Indian journal of veterinary science and animal husbandry - Volume 7,
Year: 1937
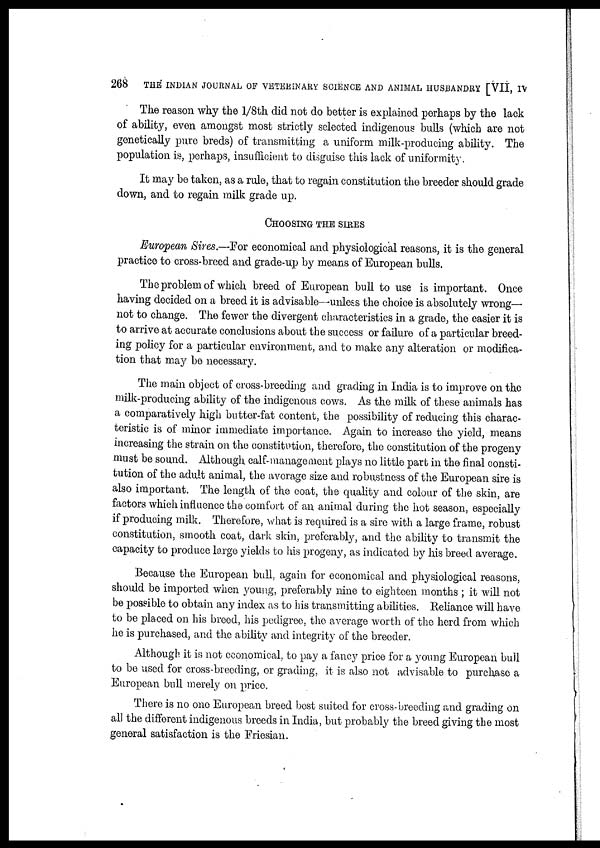
268
THE INDIAN JOURNAL OF VETERINARY SCIENCE AND ANIMAL HUSBANDRY [VII, IV
The reason why the 1/8th did not do better is explained perhaps by the lack
of ability, even amongst most strictly selected indigenous bulls (which are not
genetically pure breds) of transmitting a uniform milk-producing ability. The
population is, perhaps, insufficient to disguise this lack of uniformity.
It may be taken, as a rule, that to regain constitution the breeder should grade
down, and to regain milk grade up.
CHOOSING THE SIRES
European Sires.—For economical and physiological reasons, it is the general
practice to cross-breed and grade-up by means of European bulls.
The problem of which breed of European bull to use is important. Once
having decided on a breed it is advisable—unless the choice is absolutely wrong-
not to change. The fewer the divergent characteristics in a grade, the easier it is
to arrive at accurate conclusions about the success or failure of a particular breed-
ing policy for a particular environment, and to make any alteration or modifica-
tion that may be necessary.
The main object of cross-breeding and grading in India is to improve on the
milk-producing ability of the indigenous cows. As the milk of these animals has
a comparatively high butter-fat content, the possibility of reducing this charac-
teristic is of minor immediate importance. Again to increase the yield, means
increasing the strain on the constitution, therefore, the constitution of the progeny
must be sound. Although calf-management plays no little part in the final consti-
tution of the adult animal, the average size and robustness of the European sire is
also important. The length of the coat, the quality and colour of the skin, are
factors which influence the comfort of an, animal during the hot season, especially
if producing milk. Therefore, what is required is a sire with a large frame, robust
constitution, smooth coat, dark skin, preferably, and the ability to transmit the
capacity to produce large yields to his progeny, as indicated by his breed average.
Because the European bull, again for economical and physiological reasons,
should be imported when young, preferably nine to eighteen months ; it will not
be possible to obtain any index as to his transmitting abilities. Reliance will have
to be placed on his breed, his pedigree, the average worth of the herd from which
he is purchased, and the ability and integrity of the breeder.
Although it is not economical, to pay a fancy price for a young European bull
to be used for cross-breeding, or grading, it is also not advisable to purchase a
European bull merely on price.
There is no one European breed best suited for cross-breeding and grading on
all the different indigenous breeds in India, but probably the breed giving the most
general satisfaction is the Friesian.